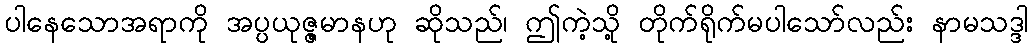
ပါနေသောအရာကို အပ္ပယုဇ္ဇမာနဟု ဆိုသည်၊ ဤကဲ့သို့ တိုက်ရိုက်မပါသော်လည်း နာမသဒ္ဒါ